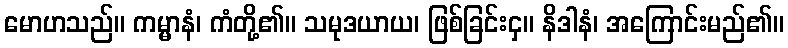
မောဟသည်။ ကမ္မာနံ၊ ကံတို့၏။ သမုဒယာယ၊ ဖြစ်ခြင်းငှ။ နိဒါနံ၊ အကြောင်းမည်၏။